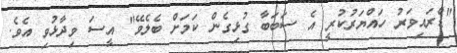
"ޑްރައިވަރު ހައްޔަރުކުރީ އެ ސަބަބާ ގުޅިގެން ކަމަށް ބެލެވޭ" އީސަ ވިދާޅުވި އެެވެ.